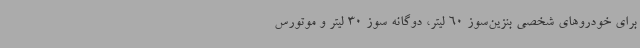
برای خودروهای شخصی بنزین‌سوز 60 لیتر، دوگانه سوز 30 لیتر و موتورس